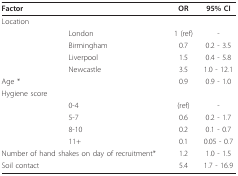
| <COLSPAN=2> Factor | OR | 95% CI |
 | --- | --- | --- | --- |
 | <COLSPAN=2> Location |  |  |
 |  | London | 1 (ref) | - |
 |  | Birmingham | 0.7 | 0.2 - 3.5 |
 |  | Liverpool | 1.5 | 0.4 - 5.8 |
 |  | Newcastle | 3.5 | 1.0 - 12.1 |
 | <COLSPAN=2> Age * | 0.9 | 0.9 - 1.0 |
 | <COLSPAN=2> Hygiene score |  |  |
 |  | 0-4 | (ref) | - |
 |  | 5-7 | 0.6 | 0.2 - 1.7 |
 |  | 8-10 | 0.2 | 0.1 - 0.7 |
 |  | 11+ | 0.1 | 0.05 - 0.7 |
 | <COLSPAN=2> Number of hand shakes on day of recruitment* | 1.2 | 1.0 - 1.5 |
 | <COLSPAN=2> Soil contact | 5.4 | 1.7 - 16.9 |